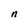
Character: n